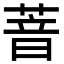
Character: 萻